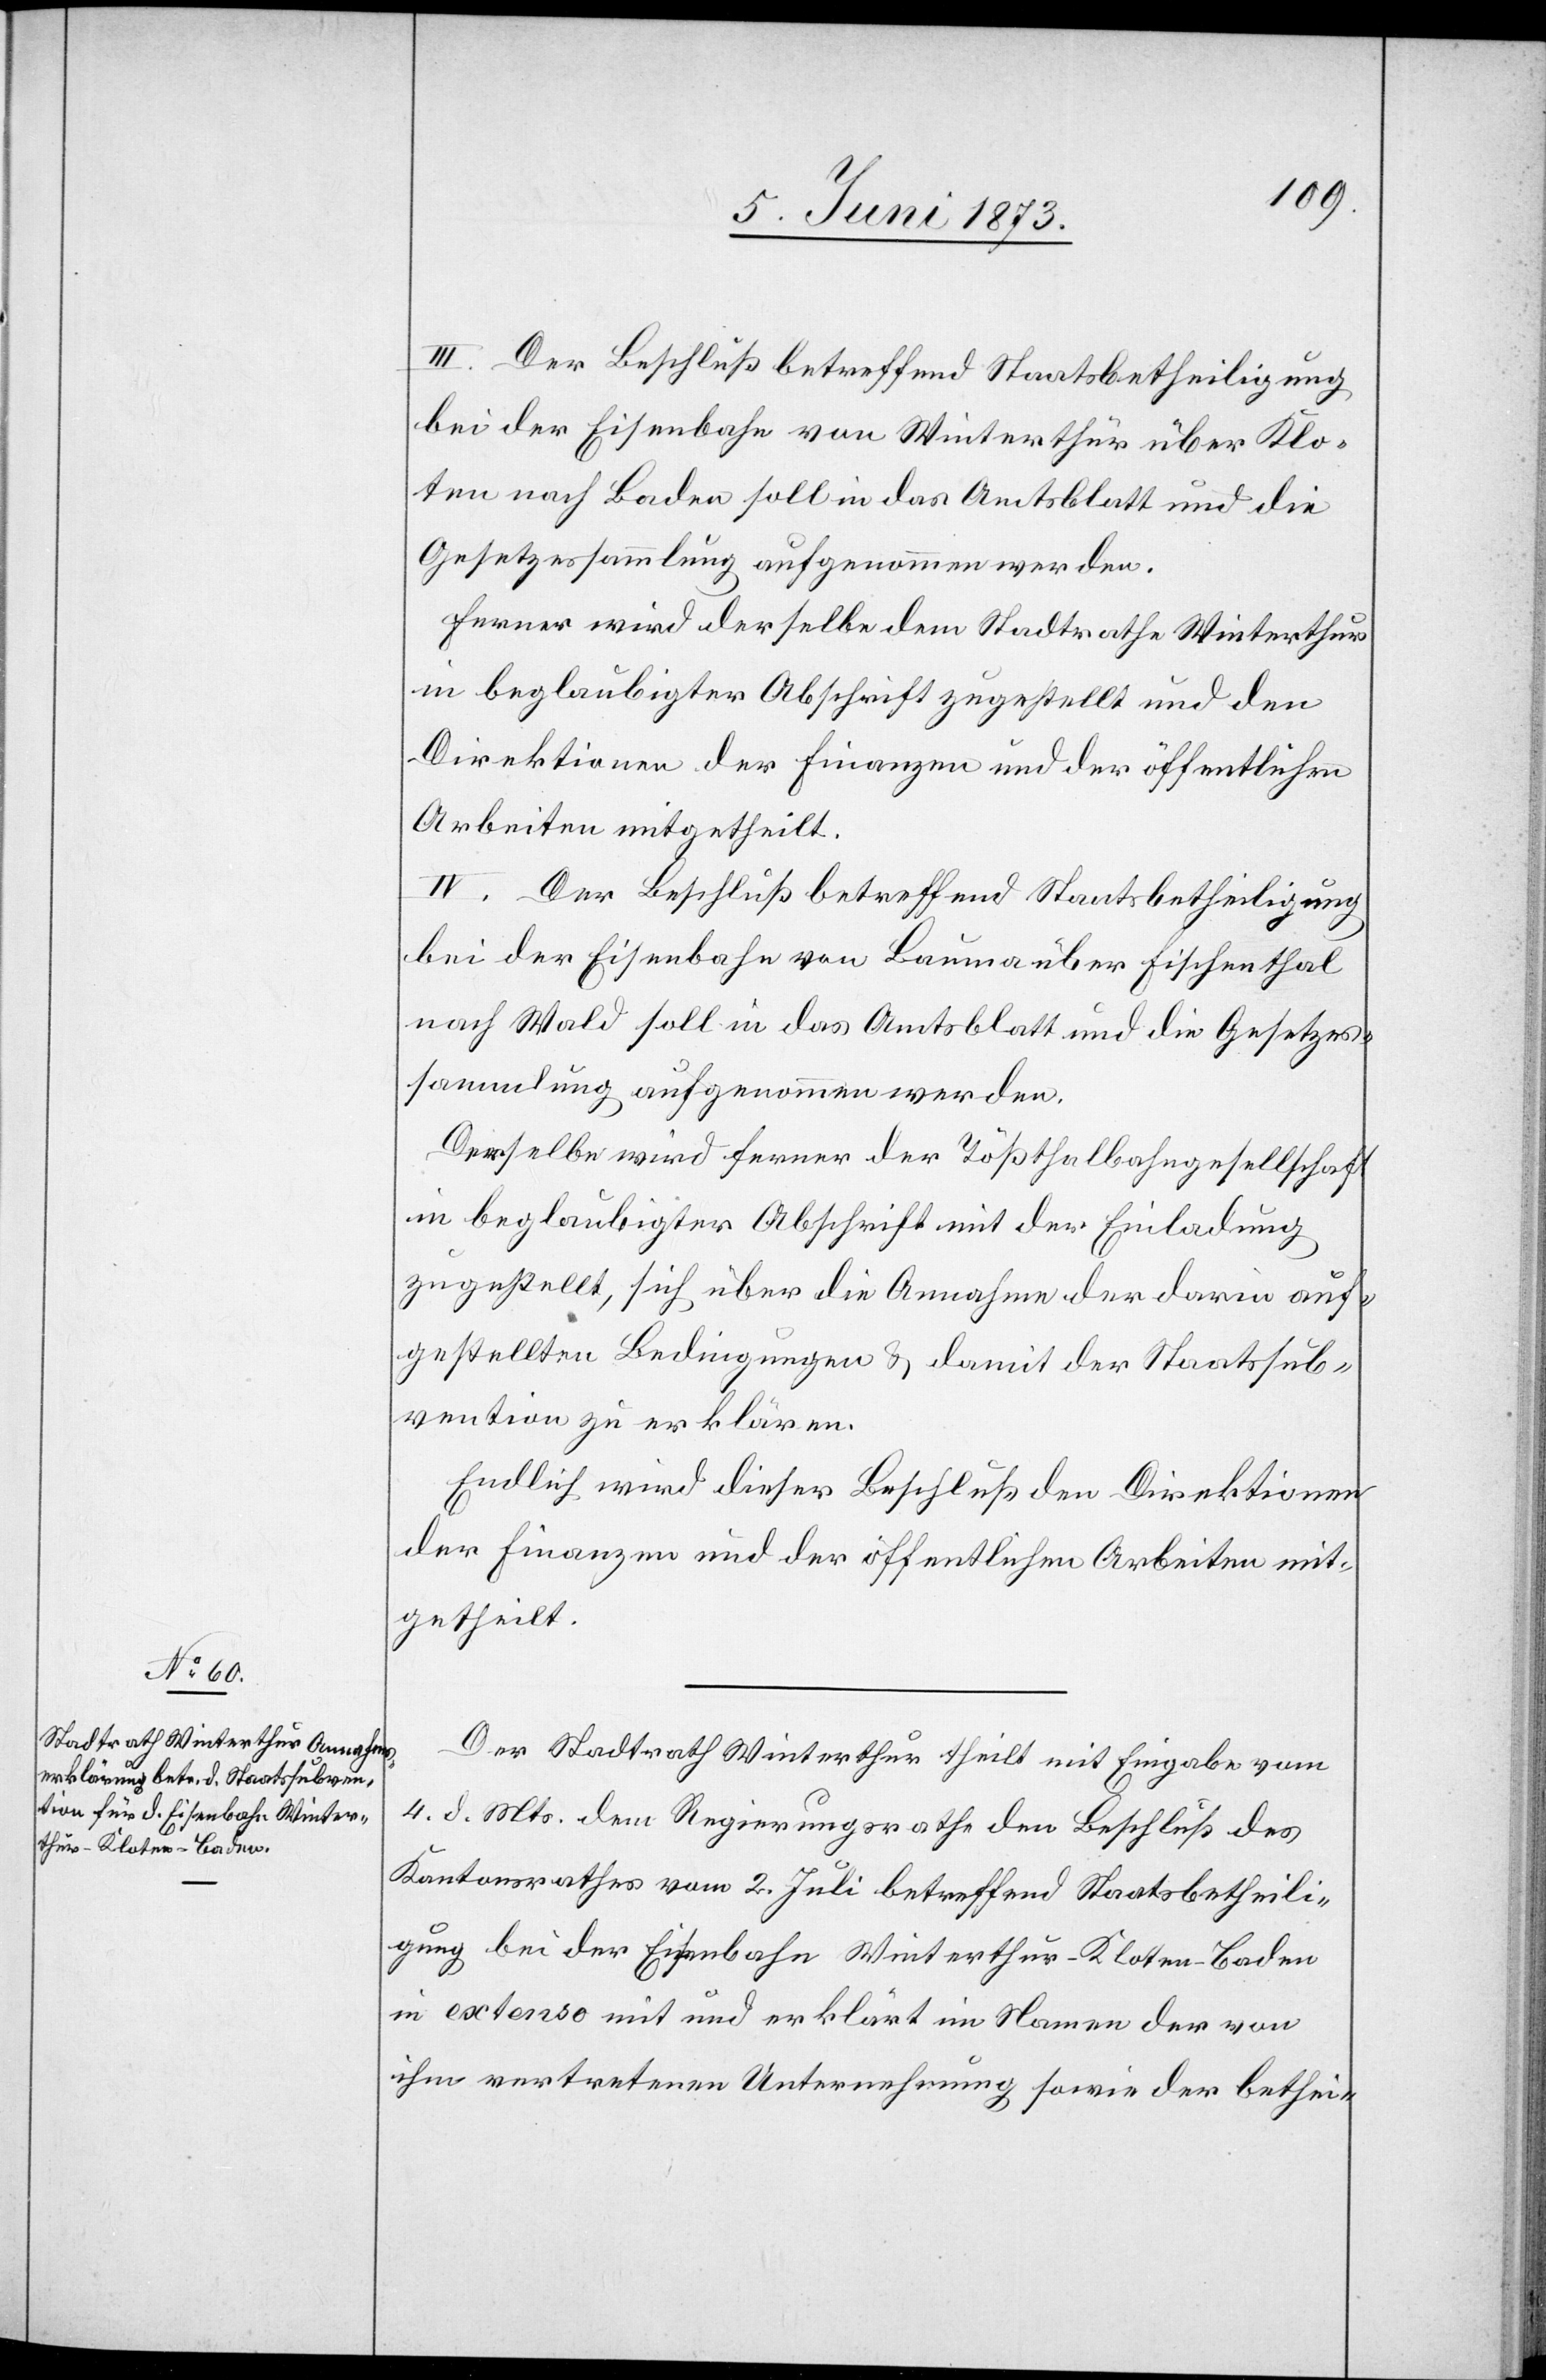
III. Der Beschluß betreffend Staatsbetheiligung
bei der Eisenbahn von Winterthur über Klo¬
ten nach Baden soll in das Amtsblatt und die
Gesetzessammlung aufgenommen werden.
Ferner wird derselbe dem Stadtrathe Winterthur
in beglaubigter Abschrift zugestellt und den
Direktionen der Finanzen und der öffentlichen
Arbeiten mitgetheilt.
IV. Der Beschluß betreffend Staatsbetheiligung
bei der Eisenbahn von Bauma über Fischenthal
nach Wald soll in das Amtsblatt und die Gesetzes¬
sammlung aufgenommen werden.
Derselbe wird ferner der Tößthalbahngesellschaft
in beglaubigter Abschrift mit der Einladung
zugestellt, sich über die Annahme der darin auf¬
gestellten Bedingungen & damit der Staatssub¬
vention zu erklären.
Endlich wird dieser Beschluß den Direktionen
der Finanzen und der öffentlichen Arbeiten mit¬
getheilt.
Der Stadtrath Winterthur theilt mit Eingabe vom
4. d. Mts. dem Regierungsrathe den Beschluß des
Kantonsrathes vom 2. Juli betreffend Staatsbetheili¬
gung bei der Eisenbahn Winterthur–Kloten–Baden
in extenso mit und erklärt im Namen der von
ihm vertretenen Unternehmung sowie der bethei-